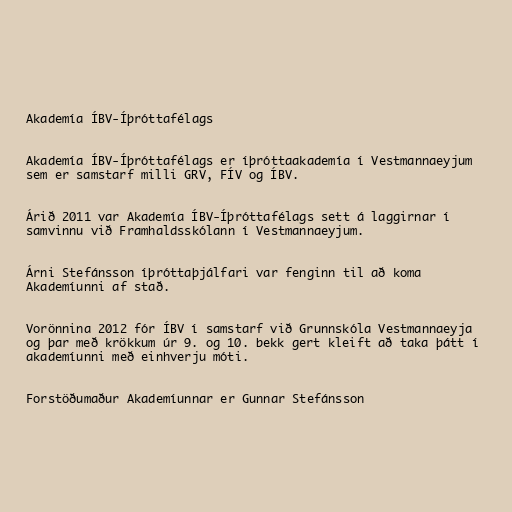
Akademía ÍBV-Íþróttafélags

Akademía ÍBV-Íþróttafélags er íþróttaakademía í Vestmannaeyjum
sem er samstarf milli GRV, FÍV og ÍBV.

Árið 2011 var Akademía ÍBV-Íþróttafélags sett á laggirnar í
samvinnu við Framhaldsskólann í Vestmannaeyjum.

Árni Stefánsson íþróttaþjálfari var fenginn til að koma
Akademíunni af stað.

Vorönnina 2012 fór ÍBV í samstarf við Grunnskóla Vestmannaeyja
og þar með krökkum úr 9. og 10. bekk gert kleift að taka þátt í
akademíunni með einhverju móti.

Forstöðumaður Akademíunnar er Gunnar Stefánsson